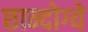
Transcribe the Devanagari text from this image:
छान्दोग्ये